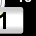
Digit: 1